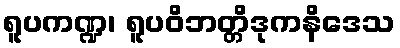
ရူပကဏ္ဍ၊ ရူပဝိဘတ္တိဒုကနိဒေသ